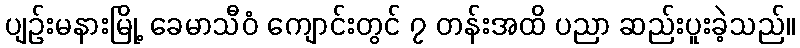
ပျဉ်းမနားမြို့ ခေမာသီဝံ ကျောင်းတွင် ၇ တန်းအထိ ပညာ ဆည်းပူးခဲ့သည်။